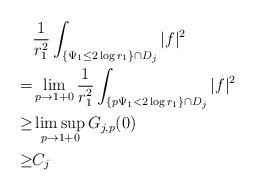
LaTeX: \begin{align*}&\frac{1}{r_1^2}\int_{\{\Psi_1\le2\log r_1\}\cap D_j}|f|^2\\=&\lim_{p\rightarrow1+0}\frac{1}{r_1^2}\int_{\{p\Psi_1<2\log r_1\}\cap D_j}|f|^2\\\ge&\limsup_{p\rightarrow1+0}G_{j,p}(0)\\\ge&C_j\end{align*}